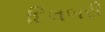
દિલબરી